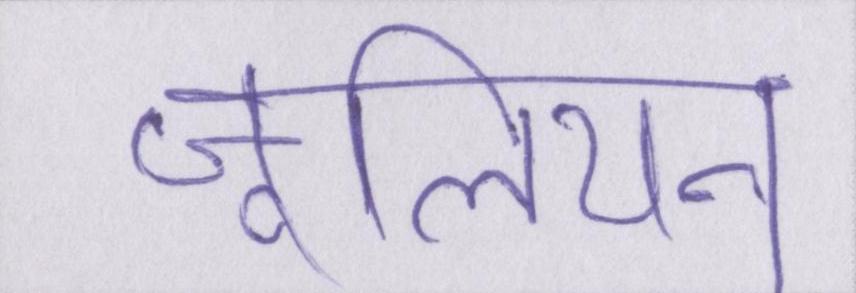
जूलियन